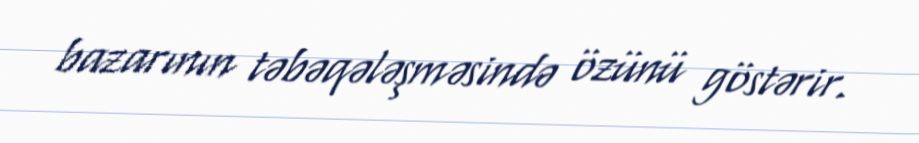
bazarının təbəqələşməsində özünü göstərir.